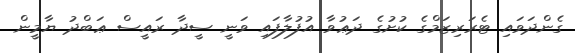
ގެންދަވައި ޓެރަރިޒަމްގެ ކުށުގެ ދަޢުވާ އުފުލާފައި ވަނީ ސީދާ ރައީސް ޢަބްދު ޔާމީން